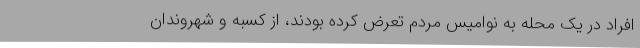
افراد در یک محله به نوامیس مردم تعرض کرده بودند، از کسبه و شهروندان